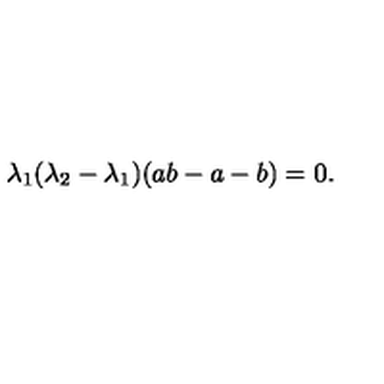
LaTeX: \lambda _ { 1 } ( \lambda _ { 2 } - \lambda _ { 1 } ) ( a b - a - b ) = 0 .